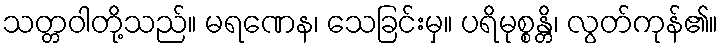
သတ္တဝါတို့သည်။ မရဏေန၊ သေခြင်းမှ။ ပရိမုစ္စန္တိ၊ လွတ်ကုန်၏။